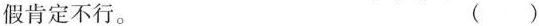
假肯定不行。 ( )